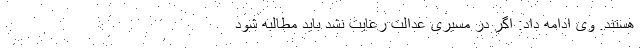
هستند. وی ادامه داد: اگر در مسیری عدالت رعایت نشد باید مطالبه شود